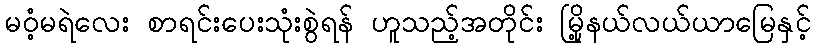
မဝံ့မရဲလေး စာရင်းပေးသုံးစွဲရန် ဟူသည့်အတိုင်း မြို့နယ်လယ်ယာမြေနှင့်